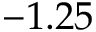
- 1 . 2 5